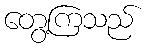
တွေ့ကြသည်